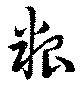
粮